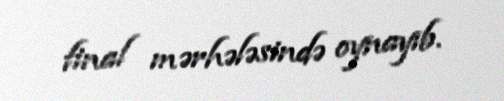
final mərhələsində oynayıb.